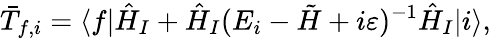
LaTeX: \bar{T}_{f,i}=\langle f|\hat{H}_{I}+\hat{H}_{I}(E_{i}-\tilde{H}+i\varepsilon)^{-1}\hat{H}_{I}|i\rangle,